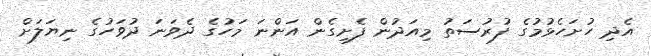
އެދި ހުށަހެޅުމުގެ ފުރުސަތު މިއަދުން ފެށިގެން އަންނަ މަހުގެ ދެވަނަ ދުވަހުގެ ނިޔަލަށް